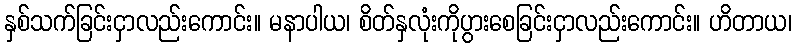
နှစ်သက်ခြင်းငှာလည်းကောင်း။ မနာပါယ၊ စိတ်နှလုံးကိုပွားစေခြင်းငှာလည်းကောင်း။ ဟိတာယ၊